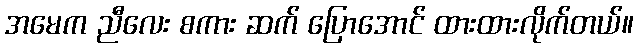
အမေက ညီလေး စကား ဆက် ပြောအောင် ထားထားလိုက်တယ်။